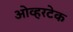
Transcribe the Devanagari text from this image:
ओव्हरटेक